Civil Veterinary Department Bengal reports 1933-51 - 1933-1951
Year: 1933
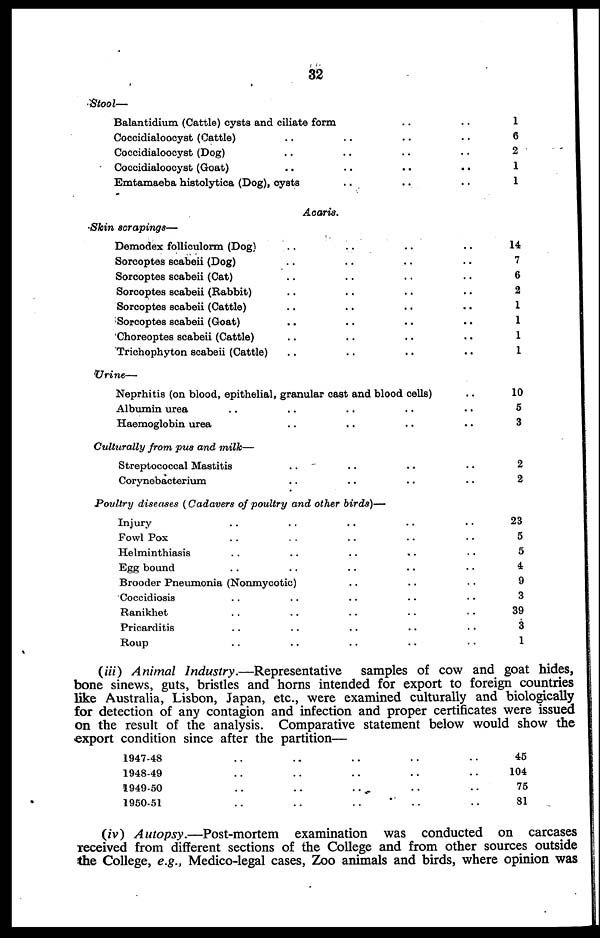
32
Stool—
Balantidium (Cattle) cysts and ciliate form .. ..
Coccidialoocy8t (Cattle) .. .. .. ..
Coccidialoocy8t (Dog) .. .. .. ..
Coccidialoocyst (Goat) .. .. .. ..
Emtamaeba histolytica (Dog), cysts .. .. ..
Aoaria.
Skin acrapinga—
Demodex folliculorm (Dog) .. .. .. ..
Sorcoptes scabeii (Dog) .. .. .. ..
Sorcoptes scabeii (Cat) .. .. .. ..
Sorcoptes scabeii (Rabbit) .. .. .. ..
Sorcoptes scabeii (Cattle) .. .. .. ..
Sorcoptes scabeii (Goat) .. .. .. ..
Choreoptes scabeii (Cattle) .. .. .. ..
Trichophyton scabeii (Cattle) .. .. .. ..
Urine—
Neprhitis (on blood, epithelial, granular cast and blood cells) ..
Albumin urea .. .. .. .. ..
Haemoglobin urea .. .. .. ..
Culturally from pus and milk—
Streptococcal Mastitis .. .. .. ..
Corynebacterium .. .. .. ..
Poultry diseases (Cadavera of poultry and other birds)—
Injury .. .. .. .. ..
Fowl Pox .. .. .. .. ..
Helminthiasis.. .. .. .. ..
Egg bound .. .. .. .. ..
Brooder Pneumonia (Nonmycotic) .. .. ..
Coccidiosis .. .. .. .. ..
Ranikhet .. .. .. .. ..
Pricarditis .. .. .. .. ..
Roup .. .. .. .. ..
1
6
2
1
1
14
7
6
2
1
1
1
1
10
5
3
2
2
23
5
5
4
9
3
39
3
1
(iii) Animal Industry.—Representative samples of cow and goat hides,
bone sinews, guts, bristles and horns intended for export to foreign countries
like Australia, Lisbon, Japan, etc., were examined culturally and biologically
for detection of any contagion and infection and proper certificates were issued
on the result of the analysis. Comparative statement below would show the
export condition since after the partition—
1947-48 .. .. .. .. ..
1948-49 .. .. .. .. ..
1949-50 .. .. .. .. ..
1950-51 .. .. .. .. ..
45
104
75
81
(iv) Autopsy.—Post-mortem examination was conducted on carcases
received from different sections of the College and from other sources outside
the College, e.g., Medico-legal cases, Zoo animals and birds, where opinion was